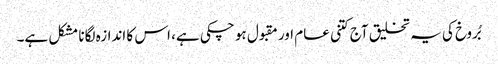
بُروخ کی یہ تخلیق آج کتنی عام اور مقبول ہو چکی ہے، اس کا اندازہ لگانا مشکل ہے۔